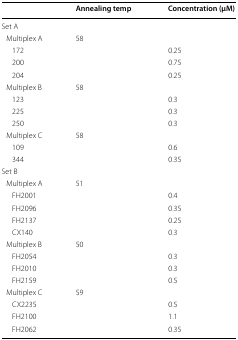
<table><thead><tr><td></td><td><b>Annealing temp</b></td><td><b>Concentration (μM)</b></td></tr></thead><tbody><tr><td>Set A</td><td></td><td></td></tr><tr><td> Multiplex A</td><td>58</td><td></td></tr><tr><td>172</td><td></td><td>0.25</td></tr><tr><td>200</td><td></td><td>0.75</td></tr><tr><td>204</td><td></td><td>0.25</td></tr><tr><td> Multiplex B</td><td>58</td><td></td></tr><tr><td>123</td><td></td><td>0.3</td></tr><tr><td>225</td><td></td><td>0.3</td></tr><tr><td>250</td><td></td><td>0.3</td></tr><tr><td> Multiplex C</td><td>58</td><td></td></tr><tr><td>109</td><td></td><td>0.6</td></tr><tr><td>344</td><td></td><td>0.35</td></tr><tr><td>Set B</td><td></td><td></td></tr><tr><td> Multiplex A</td><td>51</td><td></td></tr><tr><td>FH2001</td><td></td><td>0.4</td></tr><tr><td>FH2096</td><td></td><td>0.35</td></tr><tr><td>FH2137</td><td></td><td>0.25</td></tr><tr><td>CX140</td><td></td><td>0.3</td></tr><tr><td> Multiplex B</td><td>50</td><td></td></tr><tr><td>FH2054</td><td></td><td>0.3</td></tr><tr><td>FH2010</td><td></td><td>0.3</td></tr><tr><td>FH2159</td><td></td><td>0.5</td></tr><tr><td> Multiplex C</td><td>59</td><td></td></tr><tr><td>CX2235</td><td></td><td>0.5</td></tr><tr><td>FH2100</td><td></td><td>1.1</td></tr><tr><td>FH2062</td><td></td><td>0.35</td></tr></tbody></table>